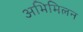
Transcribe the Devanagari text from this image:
अभिमिलन